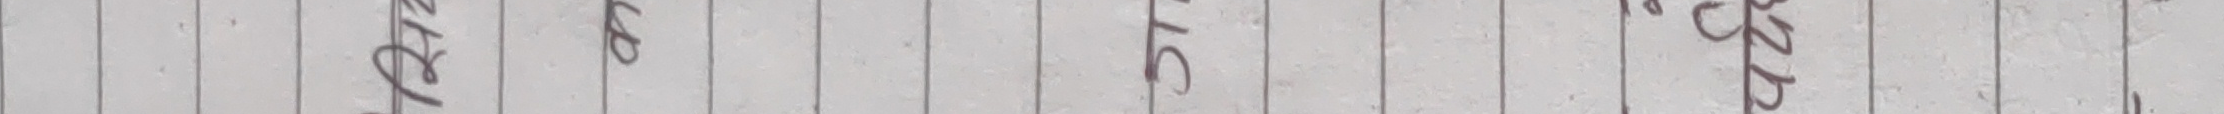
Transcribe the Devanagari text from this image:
जस्ता